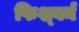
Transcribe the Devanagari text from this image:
फिश्बर्न